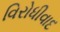
વિરોધીવાદ